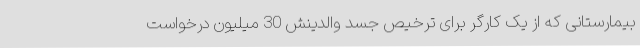
بیمارستانی که از یک کارگر برای ترخیص جسد والدینش 30 میلیون درخواست